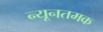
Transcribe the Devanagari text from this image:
न्यूनतमक